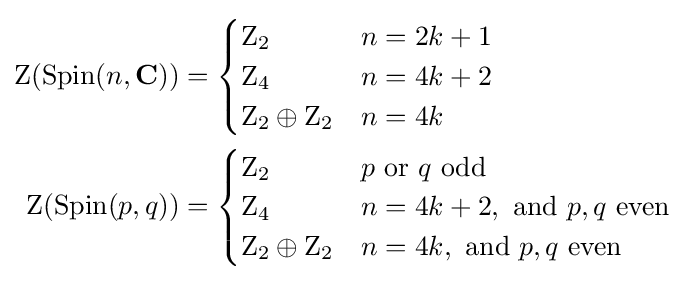
{\begin{aligned}\operatorname {Z} (\operatorname {Spin} (n,\mathbf {C} ))&={\begin{cases}\mathrm {Z} _{2}&n=2k+1\\\mathrm {Z} _{4}&n=4k+2\\\mathrm {Z} _{2}\oplus \mathrm {Z} _{2}&n=4k\\\end{cases}}\\\operatorname {Z} (\operatorname {Spin} (p,q))&={\begin{cases}\mathrm {Z} _{2}&p{\text{ or }}q{\text{ odd}}\\\mathrm {Z} _{4}&n=4k+2,{\text{ and }}p,q{\text{ even}}\\\mathrm {Z} _{2}\oplus \mathrm {Z} _{2}&n=4k,{\text{ and }}p,q{\text{ even}}\\\end{cases}}\end{aligned}}